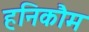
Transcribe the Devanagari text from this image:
हनिकौम